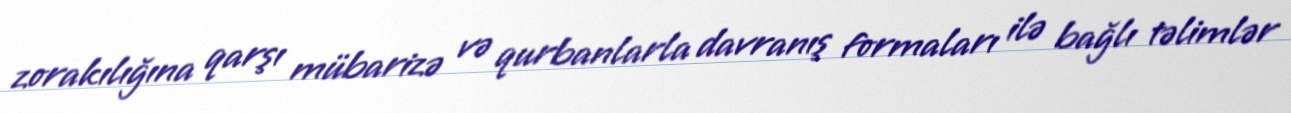
zorakılığına qarşı mübarizə və qurbanlarla davranış formaları ilə bağlı təlimlər